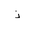
Letter: _thal